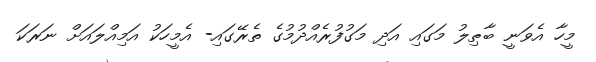
މީހާ އެވަނީ ބާޠިލު މަގައި އަދި މަގުފުރެއްދުމުގެ ތެރޭގައި- އެމީހަކު އަމިއްލައަށް ނަރަކަ